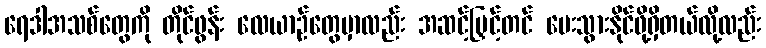
ရေဒါအသစ်တွေကို တိုင်ဖွန်း လေယာဉ်တွေမှာလည်း အဆင့်မြှင့်တင် ပေးသွားနိုင်ဖို့ရှိတယ်လို့လည်း